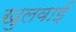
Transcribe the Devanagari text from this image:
खुलवाईं